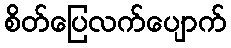
စိတ်ပြေလက်ပျောက်